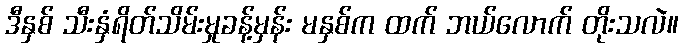
ဒီနှစ် သီးနှံရိတ်သိမ်းမှုခန့်မှန်း မနှစ်က ထက် ဘယ်လောက် တိုးသလဲ။